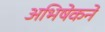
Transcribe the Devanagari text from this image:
अभिषेकने